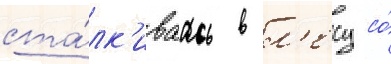
ста́лк'иваась в л'есу со́